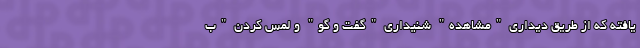
یافته که از طریق دیداری "مشاهده" شنیداری "گفت و گو" و لمس کردن "ب